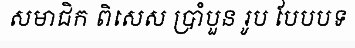
សមាជិក ពិសេស ប្រាំបួន រូប បែបបទ